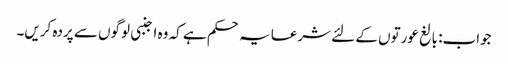
جواب: بالغ عورتوں کے لئے شرعایہ حکم ہے کہ وہ اجنبی لوگوں سے پردہ کریں۔